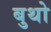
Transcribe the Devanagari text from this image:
बुथो